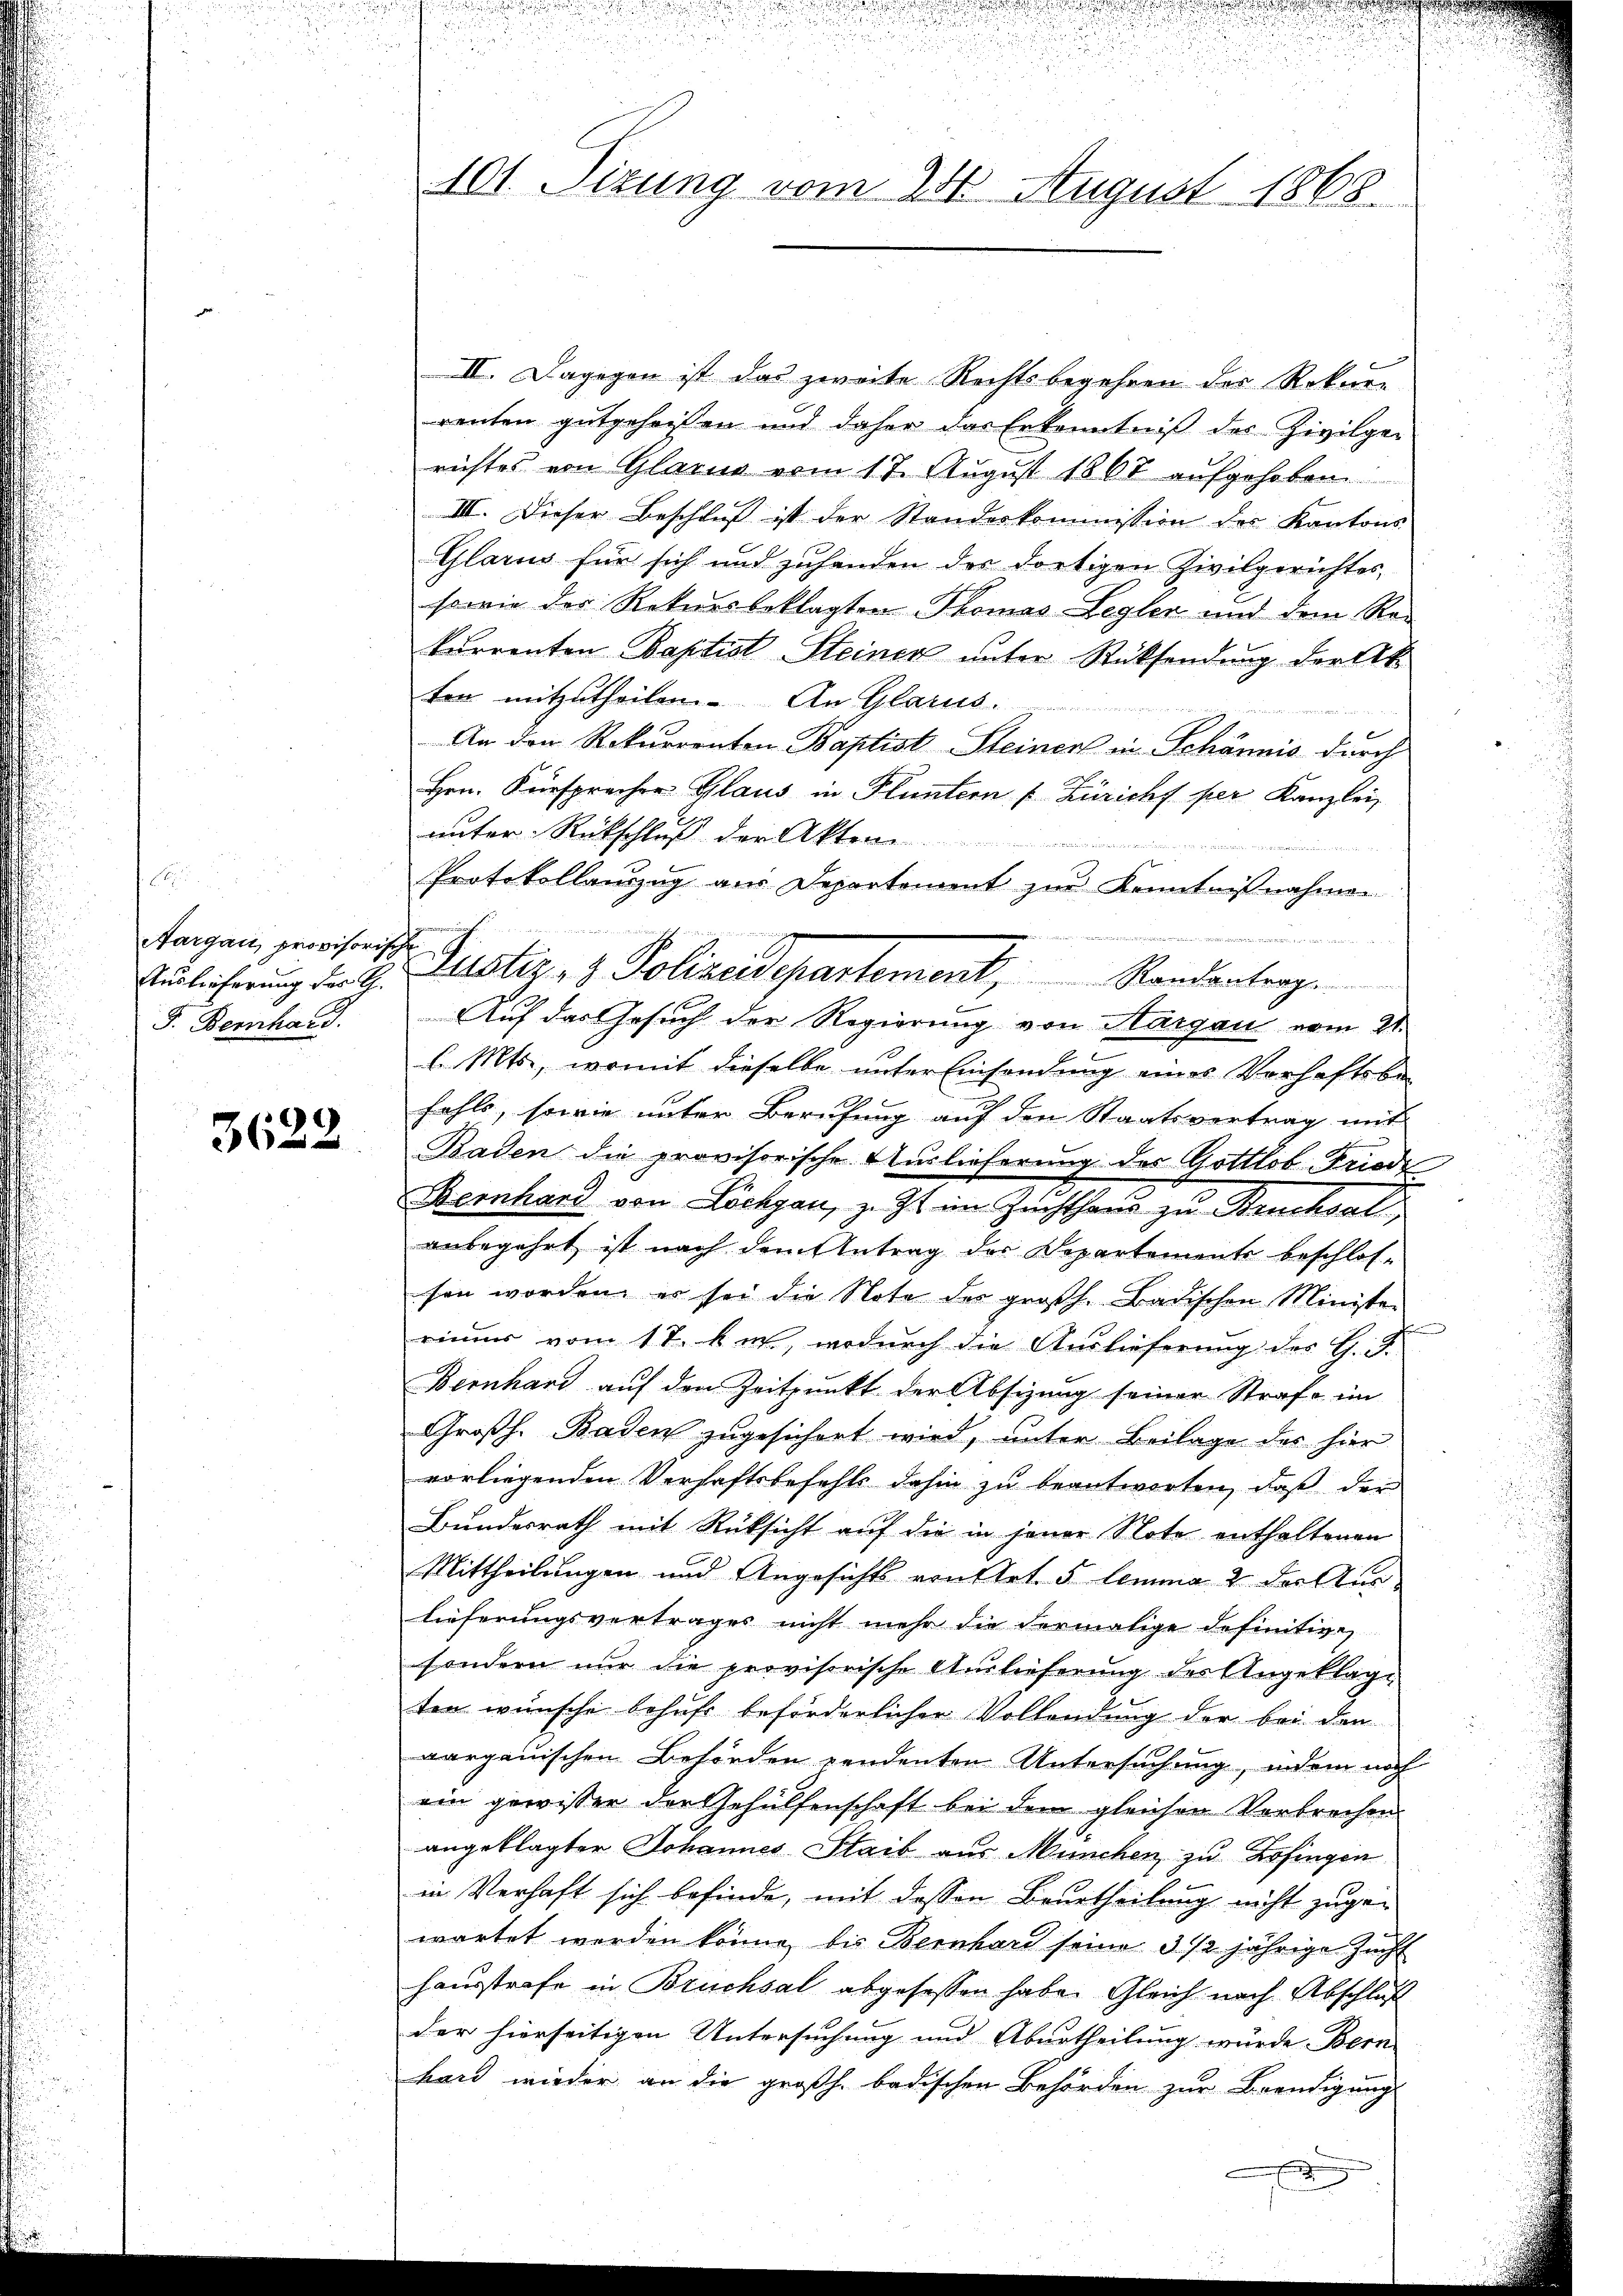
Aargau, provisorische
F. Bernhard.

)
360

II. Dagegen ist das zweite Rechtsbegehren des Rekurre
renten gutgeheißen und daher das Erkenntniß des Zivilgerichtes von Glarus vom 17. August 1867 aufgehoben
III. Dieser Beschluß ist der Standeskommission des Kantons
Glarus für sich und zuhanden der dortigen Zivilgerichtes,
sowie der Rekursbeklagten Thomas Legler und dem Re-
kurrenten Baptist-Steinen unter Rücksendung der Akten mitzutheilen. An Glarus.

An den Rekurrenten Baptist-Steiner in Schännis durch
Hrn. Fürsprecher Glaus in Fluntern (Züricht per Kanzlei
unter Rückschluß der Akten

Protokollauszug aus Departement zur Kenntnisnahmen

u
Auf das Gesuch der Regierung von Margau vom 21.
l. Mts., womit dieselbe unter Einsendung eines Vorhaftsbe-
fahls, sowie unter Berufung auf den Staatsvertrag mit
Baden die provisorische Auslieferung des Gottlob Friede
Reiher von Lachgan, z. Stein Zuchthaus zu Hancksal
anbegehrt ist nach dem Antrag der Departements beschlos-
sen worden, er sei die Nota der großh. Badischen Minister
rimum vom 17. hut, wodurch die Auslieferung des H. E.
Bernhard auf den Zeitpunkt der Absizung seiner Strafe im
Großh. Baden zugesichert wird, unter Beilage des hier
vorliegenden Verhaftsbefehls dahin zu beantworten, daß der
Bundesrath mit Rücksicht auf die in jener Note enthaltenen
Mittheilungen und Angesichts von Art. 5 lemma 2 der Auslieferungsvertrages nicht mehr die dermalige definitiven
sondern nur die provisorische Auslieferung des Angeklage
ten wünsche behufe beförderlichen Vollendung der bei den
aargauischen Behörden vendenten Untersuchung, indem noch
ein gewisser der Gehülfenschaft bei dem gleichen Verbrechen
angeklagter Johannes Staib aus München zu Zofingen
in Verhaft sich befinde, mit dessen Beurtheilung nicht zugewartet werden könne, bis Bernhard seine 3 1/2 jährige Zeicht
hausstrafe in Bruchsal abgesessen habe. Gleich nach Abschluß
der hierseitigen Untersuchung und Aburtheilung wurde Bern
hard wieder an die großh. badischen Behörden zur Beendigung
.
.

101 Sizung vom 25. August 1868.

Amlicherung der H. Leister- & Polizeidepartement, Randantrag